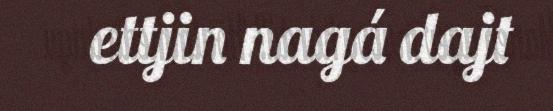
ettjin nagá dajt